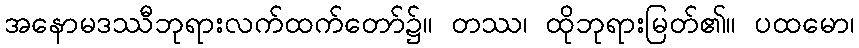
အနောမဒဿီဘုရားလက်ထက်တော်၌။ တဿ၊ ထိုဘုရားမြတ်၏။ ပထမော၊